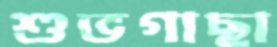
শুভগাছা